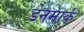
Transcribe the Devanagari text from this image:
डेेनमार्क